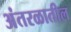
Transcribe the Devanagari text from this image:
अंतरळातील